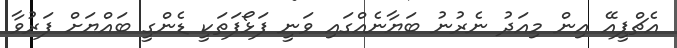
އެޗްޕީއޭ އިން މިއަދު ނެރުނު ބަޔާނެއްގައި ވަނީ ފަޅޯފަތަކީ ޑެންގީ ބައްޔަށް ފަރުވާ